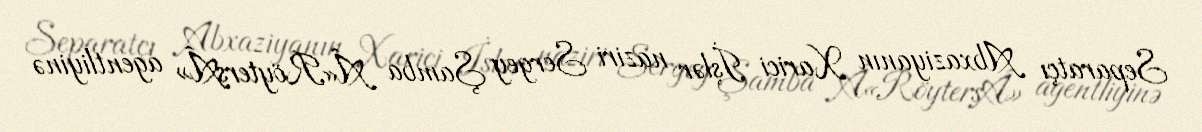
Separatçı Abxaziyanın Xarici İşlər naziri Sergey Şamba Â«RöytersÂ» agentliyinə